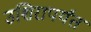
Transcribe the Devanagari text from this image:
उशिरापर्यंत